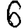
Digit: 6